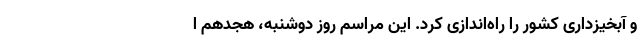
و آبخیزداری کشور را راه‌اندازی کرد. این مراسم روز دوشنبه، هجدهم ا